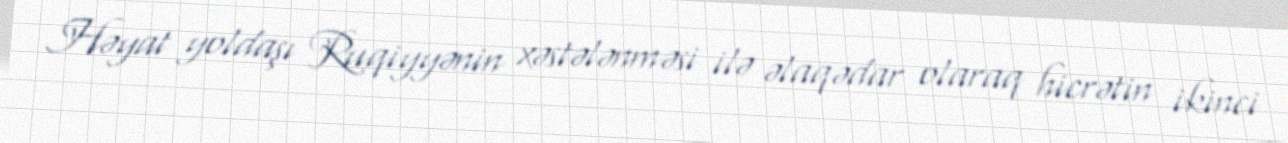
Həyat yoldaşı Ruqiyyənin xəstələnməsi ilə əlaqədar olaraq hicrətin ikinci